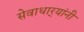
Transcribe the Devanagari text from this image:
सेवाधार्‍यांनी